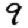
Digit: 9